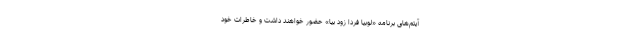
آیتم‌های برنامه «لوبیا فردا زود بیا» حضور خواهند داشت و خاطرات خود